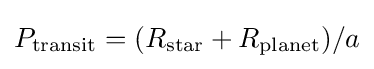
P_{\text{transit}}=(R_{\text{star}}+R_{\text{planet}})/a